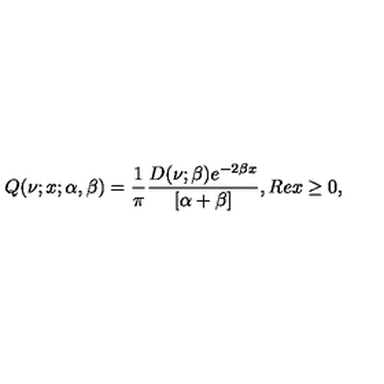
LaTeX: Q ( \nu ; x ; \alpha , \beta ) = \frac { 1 } { \pi } \frac { D ( \nu ; \beta ) e ^ { - 2 \beta x } } { [ \alpha + \beta ] } , R e x \geq 0 ,